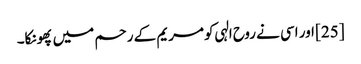
[25] اور اسی نے روح الہی کو مریم کے رحم میں پھونکا۔